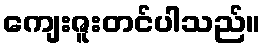
ကျေးဇူးတင်ပါသည်။